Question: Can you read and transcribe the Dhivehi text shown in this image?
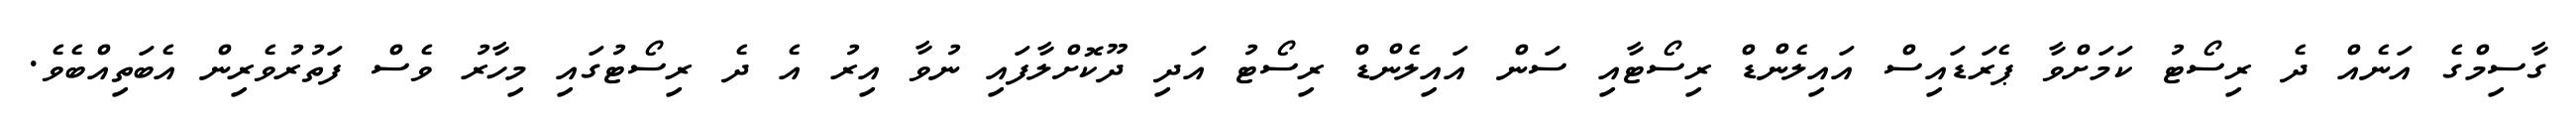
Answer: ގާސިމްގެ އަނެއް ދެ ރިސޯޓު ކަމަށްވާ ޕެރަޑައިސް އައިލެންޑް ރިސޯޓާއި ސަން އައިލެންޑް ރިސޯޓު އަދި ދޫކޮށްލާފައި ނުވާ އިރު އެ ދެ ރިސޯޓުގައި މިހާރު ވެސް ފަތުރުވެރިން އެބަތިއްބެވެ.